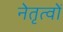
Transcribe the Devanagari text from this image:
नेतृत्वों